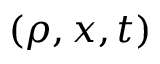
( \rho , x , t )